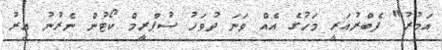
އަމުރު" ފެބްރުއަރީ މަހުގެ އެއް ވަނަ ދުވަހު ސުޕްރީމް ކޯޓުން ނެރުނު އިރު